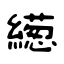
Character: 繱